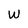
Character: W